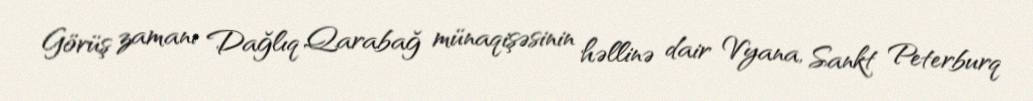
Görüş zamanı Dağlıq Qarabağ münaqişəsinin həllinə dair Vyana, Sankt Peterburq